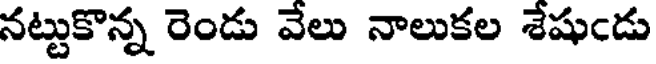
నట్టుకొన్న రెండు వేలు నాలుకల శేషుఁడు